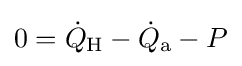
0={\dot {Q}}_{\text{H}}-{\dot {Q}}_{\text{a}}-P